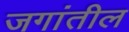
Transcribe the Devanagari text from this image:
जगांतील